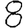
Digit: 8